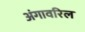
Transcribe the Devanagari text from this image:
अंगावरिल